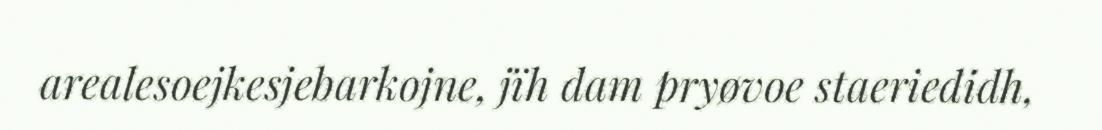
arealesoejkesjebarkojne, jïh dam pryøvoe staeriedidh,